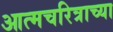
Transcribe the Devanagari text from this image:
आत्मचरित्राच्या